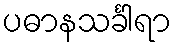
ပဓာနသင်္ခါရာ